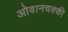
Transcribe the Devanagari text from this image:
ओवानचक्की